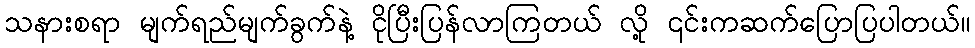
သနားစရာ မျက်ရည်မျက်ခွက်နဲ့ ငိုပြီးပြန်လာကြတယ် လို့ ၎င်းကဆက်ပြောပြပါတယ်။